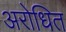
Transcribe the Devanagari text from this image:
अरोधित